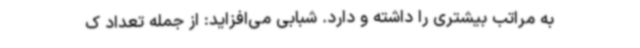
به مراتب بیشتری را داشته و دارد. شبابی می‌افزاید: از جمله تعداد ک